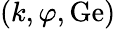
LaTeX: (k,\varphi,\mathrm{Ge})